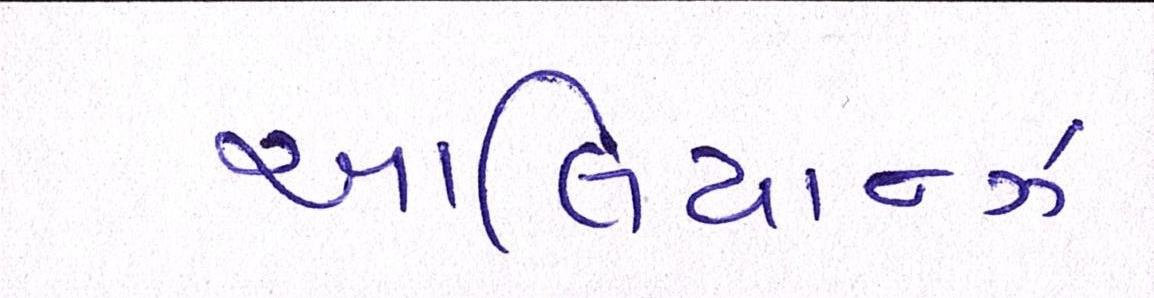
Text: આલિયાન્ઝ